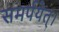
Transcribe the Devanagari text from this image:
समर्पयेत्।